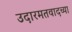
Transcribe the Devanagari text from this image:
उदारमतवादच्या